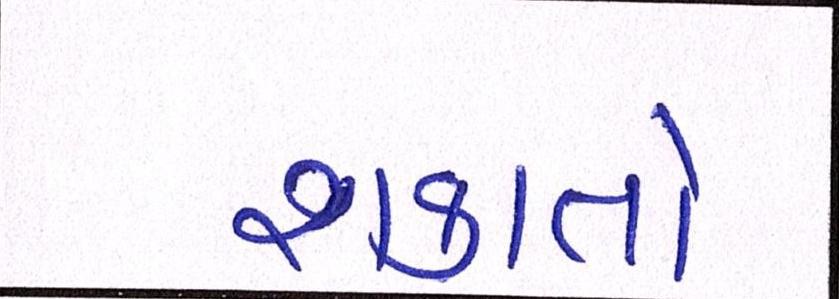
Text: શકાતો